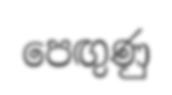
පෙඟුණු